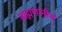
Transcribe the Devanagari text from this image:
ब्राह्मणांनीच